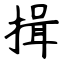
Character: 揖